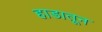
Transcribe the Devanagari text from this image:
हाडातून